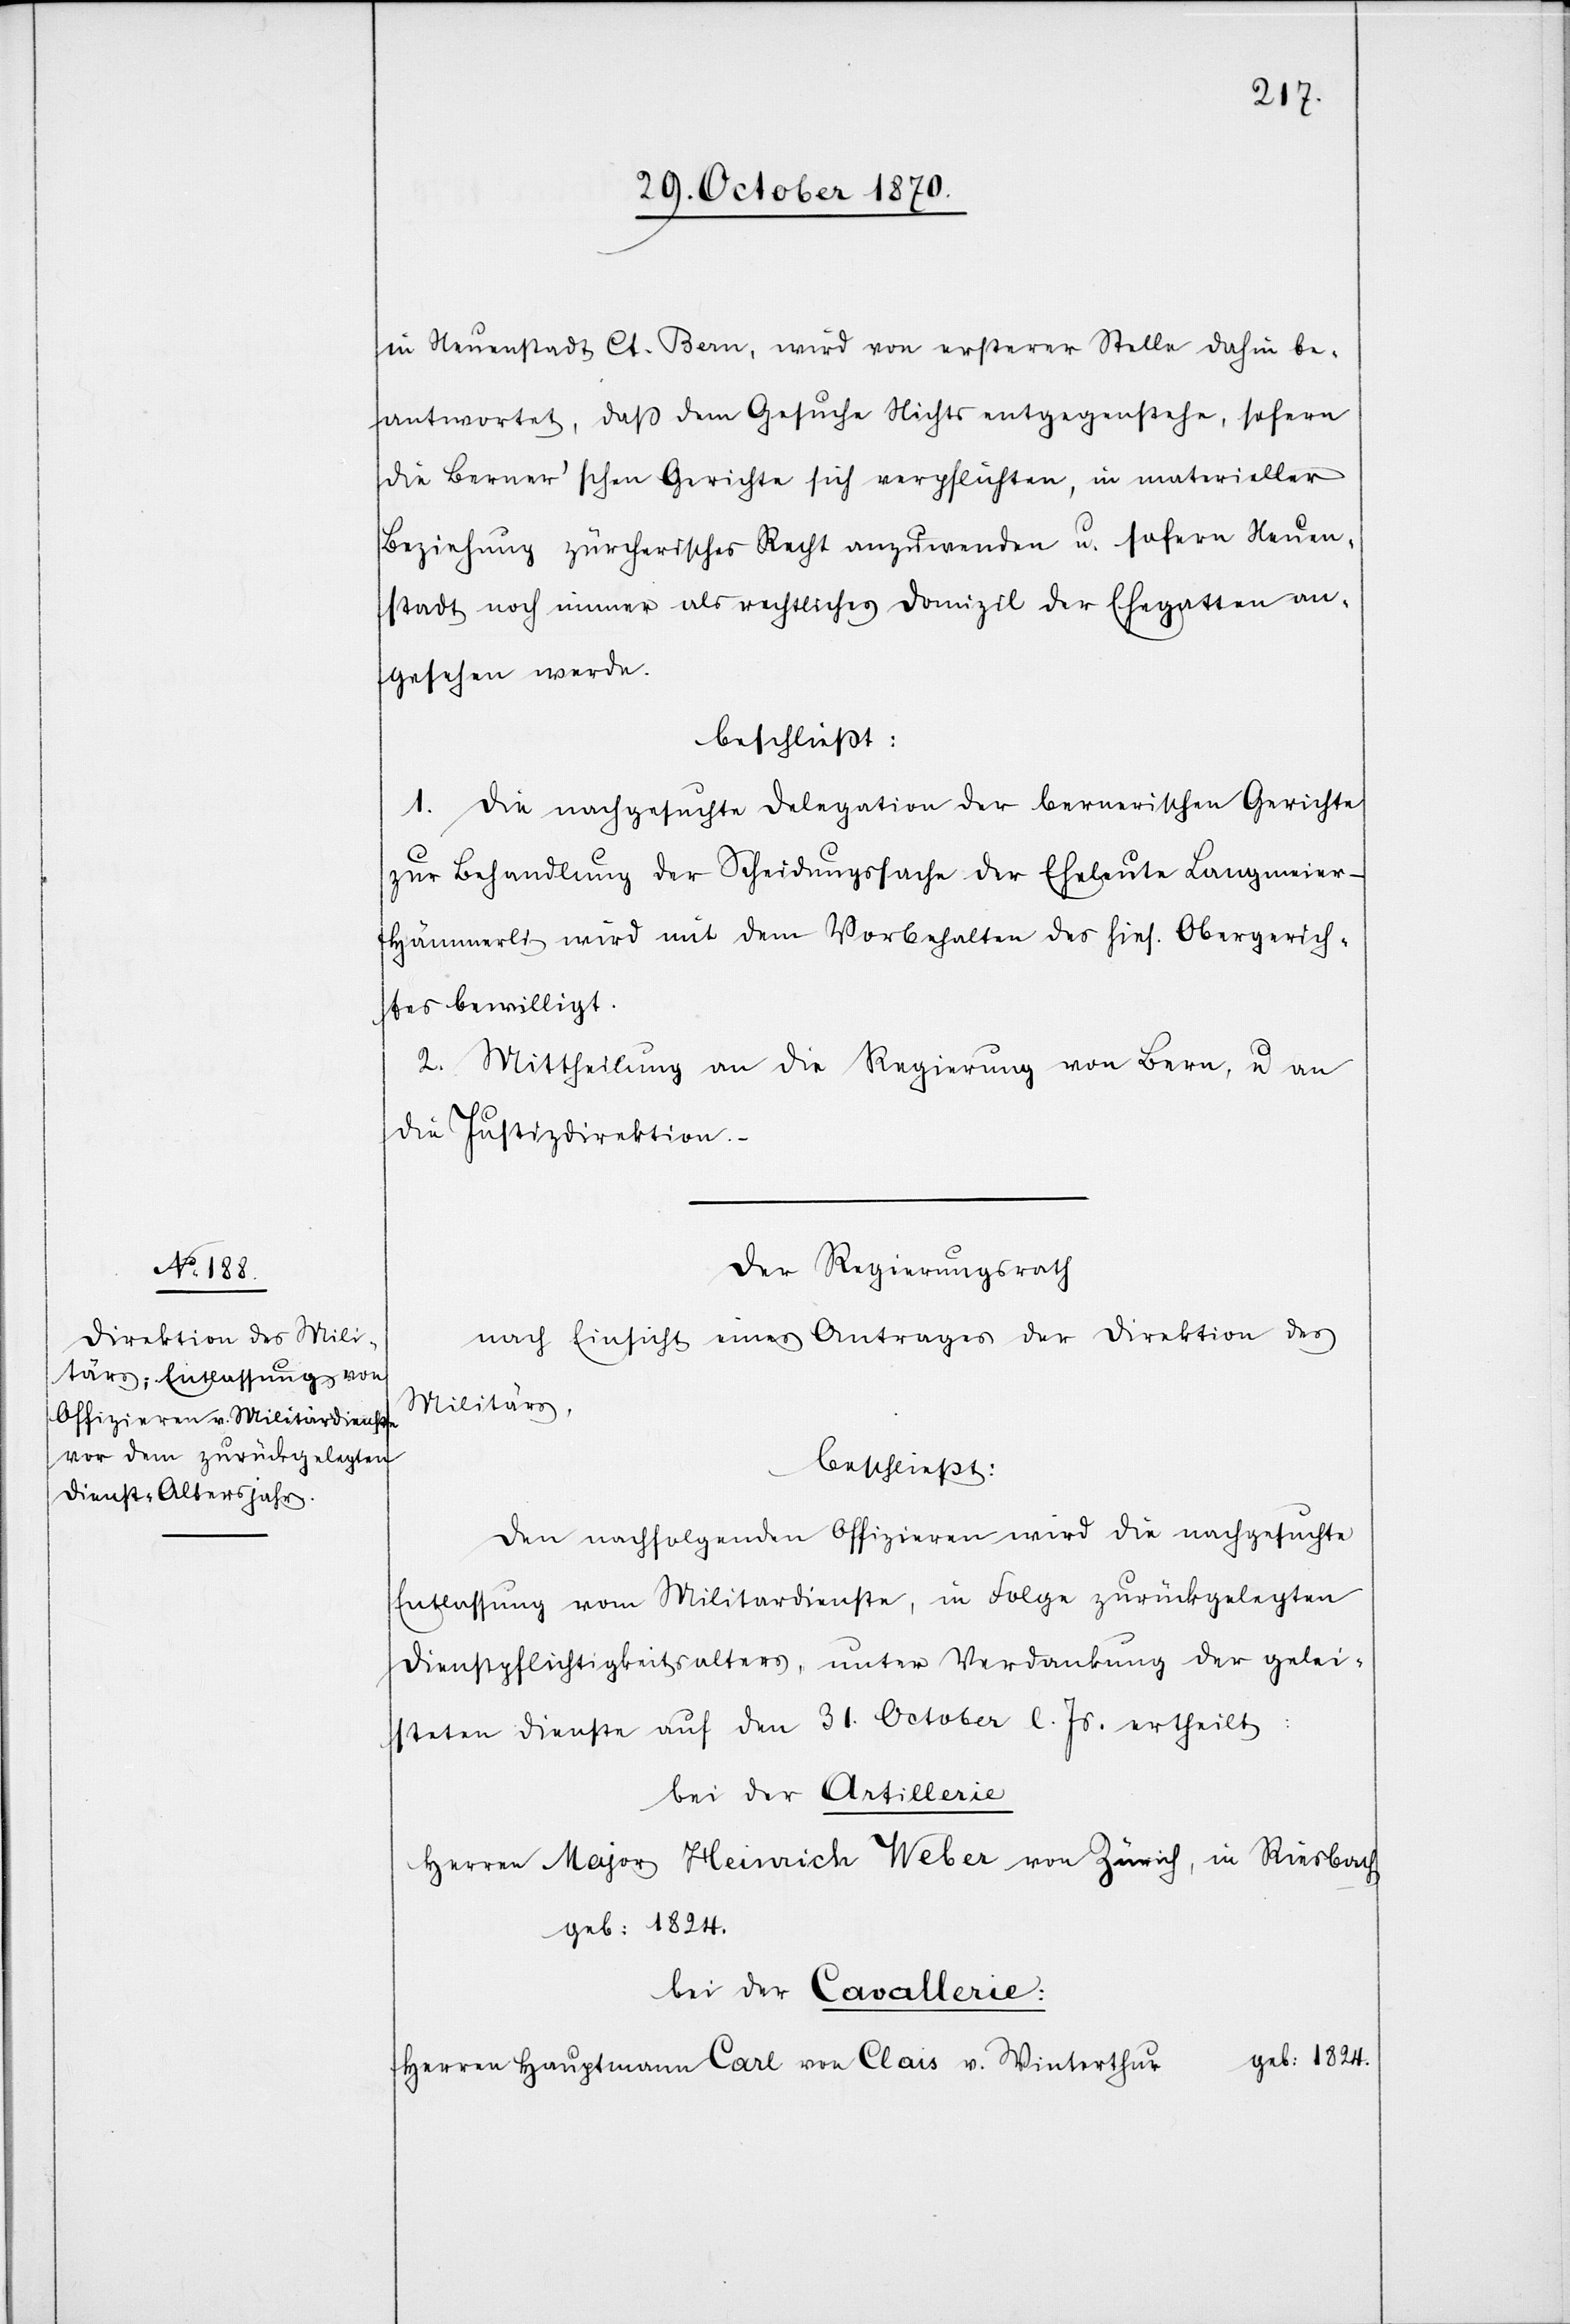
in Neuenstadt Ct. Bern, wird von ersterer Stelle dahin be¬
antwortet, das dem Gesuche Nichts entgegenstehe, sofern
die Berner’schen Gerichte sich verpflichten, in materieller
Beziehung zürcherisches Recht anzuwenden u. sofern Neuen¬
stadt noch immer als rechtliches Domizil der Ehegatten an¬
gesehen werde.
beschließt:
1. Die nachgesuchte Delegation der bernerischen Gerichte
zur Behandlung der Scheidungssache der Eheleute Langmeie¬
r-Hämmerli wird mit dem Vorbehalten des hies. Obergerich¬
tes bewilligt.
2. Mittheilung an die Regierung von Bern, u. an
die Justizdirektion.
Der Regierungsrath
nach Einsicht eines Antrages der Direktion des
Militärs,
beschließt:
Den nachfolgenden Offizieren wird die nachgesuchte
Entlassung vom Militärdienste, in Folge zurückgelegten
Dienstpflichtigkeitsalters, unter Verdankung der gelei¬
steten Dienste auf den 31. October l. Js. ertheilt:
bei der Artillerie
Herren Major Heinrich Weber von Zürich, in Riesbach
geb: 1824.
bei der Cavallerie:
Herren Hauptmann Carl von Clais v. Winterthur geb: 1824.